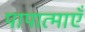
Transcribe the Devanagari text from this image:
पापात्माएँ